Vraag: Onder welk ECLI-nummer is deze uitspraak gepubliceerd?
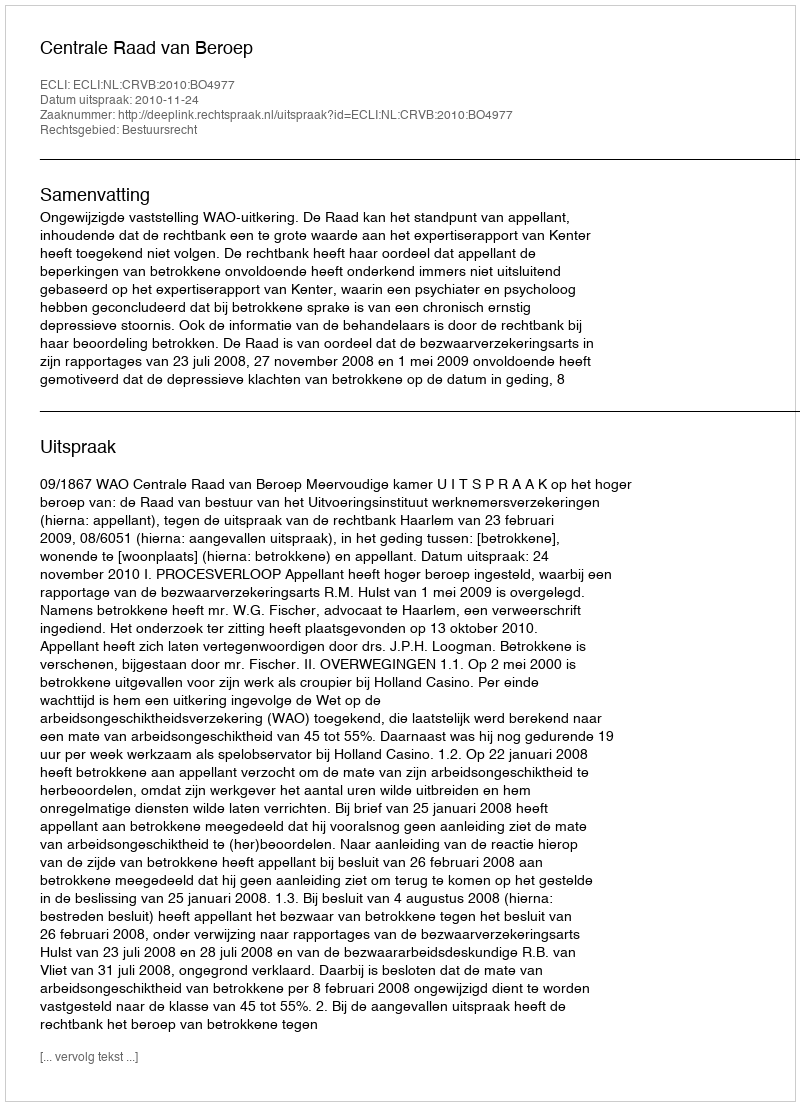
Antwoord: ECLI:NL:CRVB:2010:BO4977